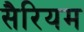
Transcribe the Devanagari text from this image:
सैरियम